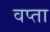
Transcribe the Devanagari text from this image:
वप्ता